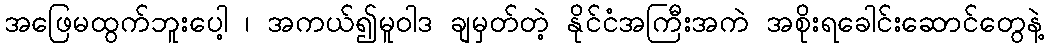
အဖြေမထွက်ဘူးပေါ့ ၊ အကယ်၍မူဝါဒ ချမှတ်တဲ့ နိုင်ငံအကြီးအကဲ အစိုးရခေါင်းဆောင်တွေနဲ့